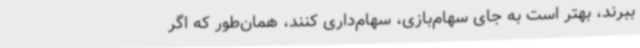
ببرند، بهتر است به جای سهام‌بازی، سهام‌داری کنند، همان‌طور که اگر